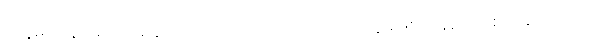
ဥတ္တမဋ္ဌေန ဝရံ’ ကို မိန့်သတည်း။ အဘယ်ကြောင့် ဥတ္တမဖြစ်သနည်း စောဒနာကြောင့်